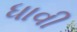
ધાવી